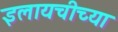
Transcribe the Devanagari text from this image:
इलायचीच्या